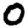
Digit: 0